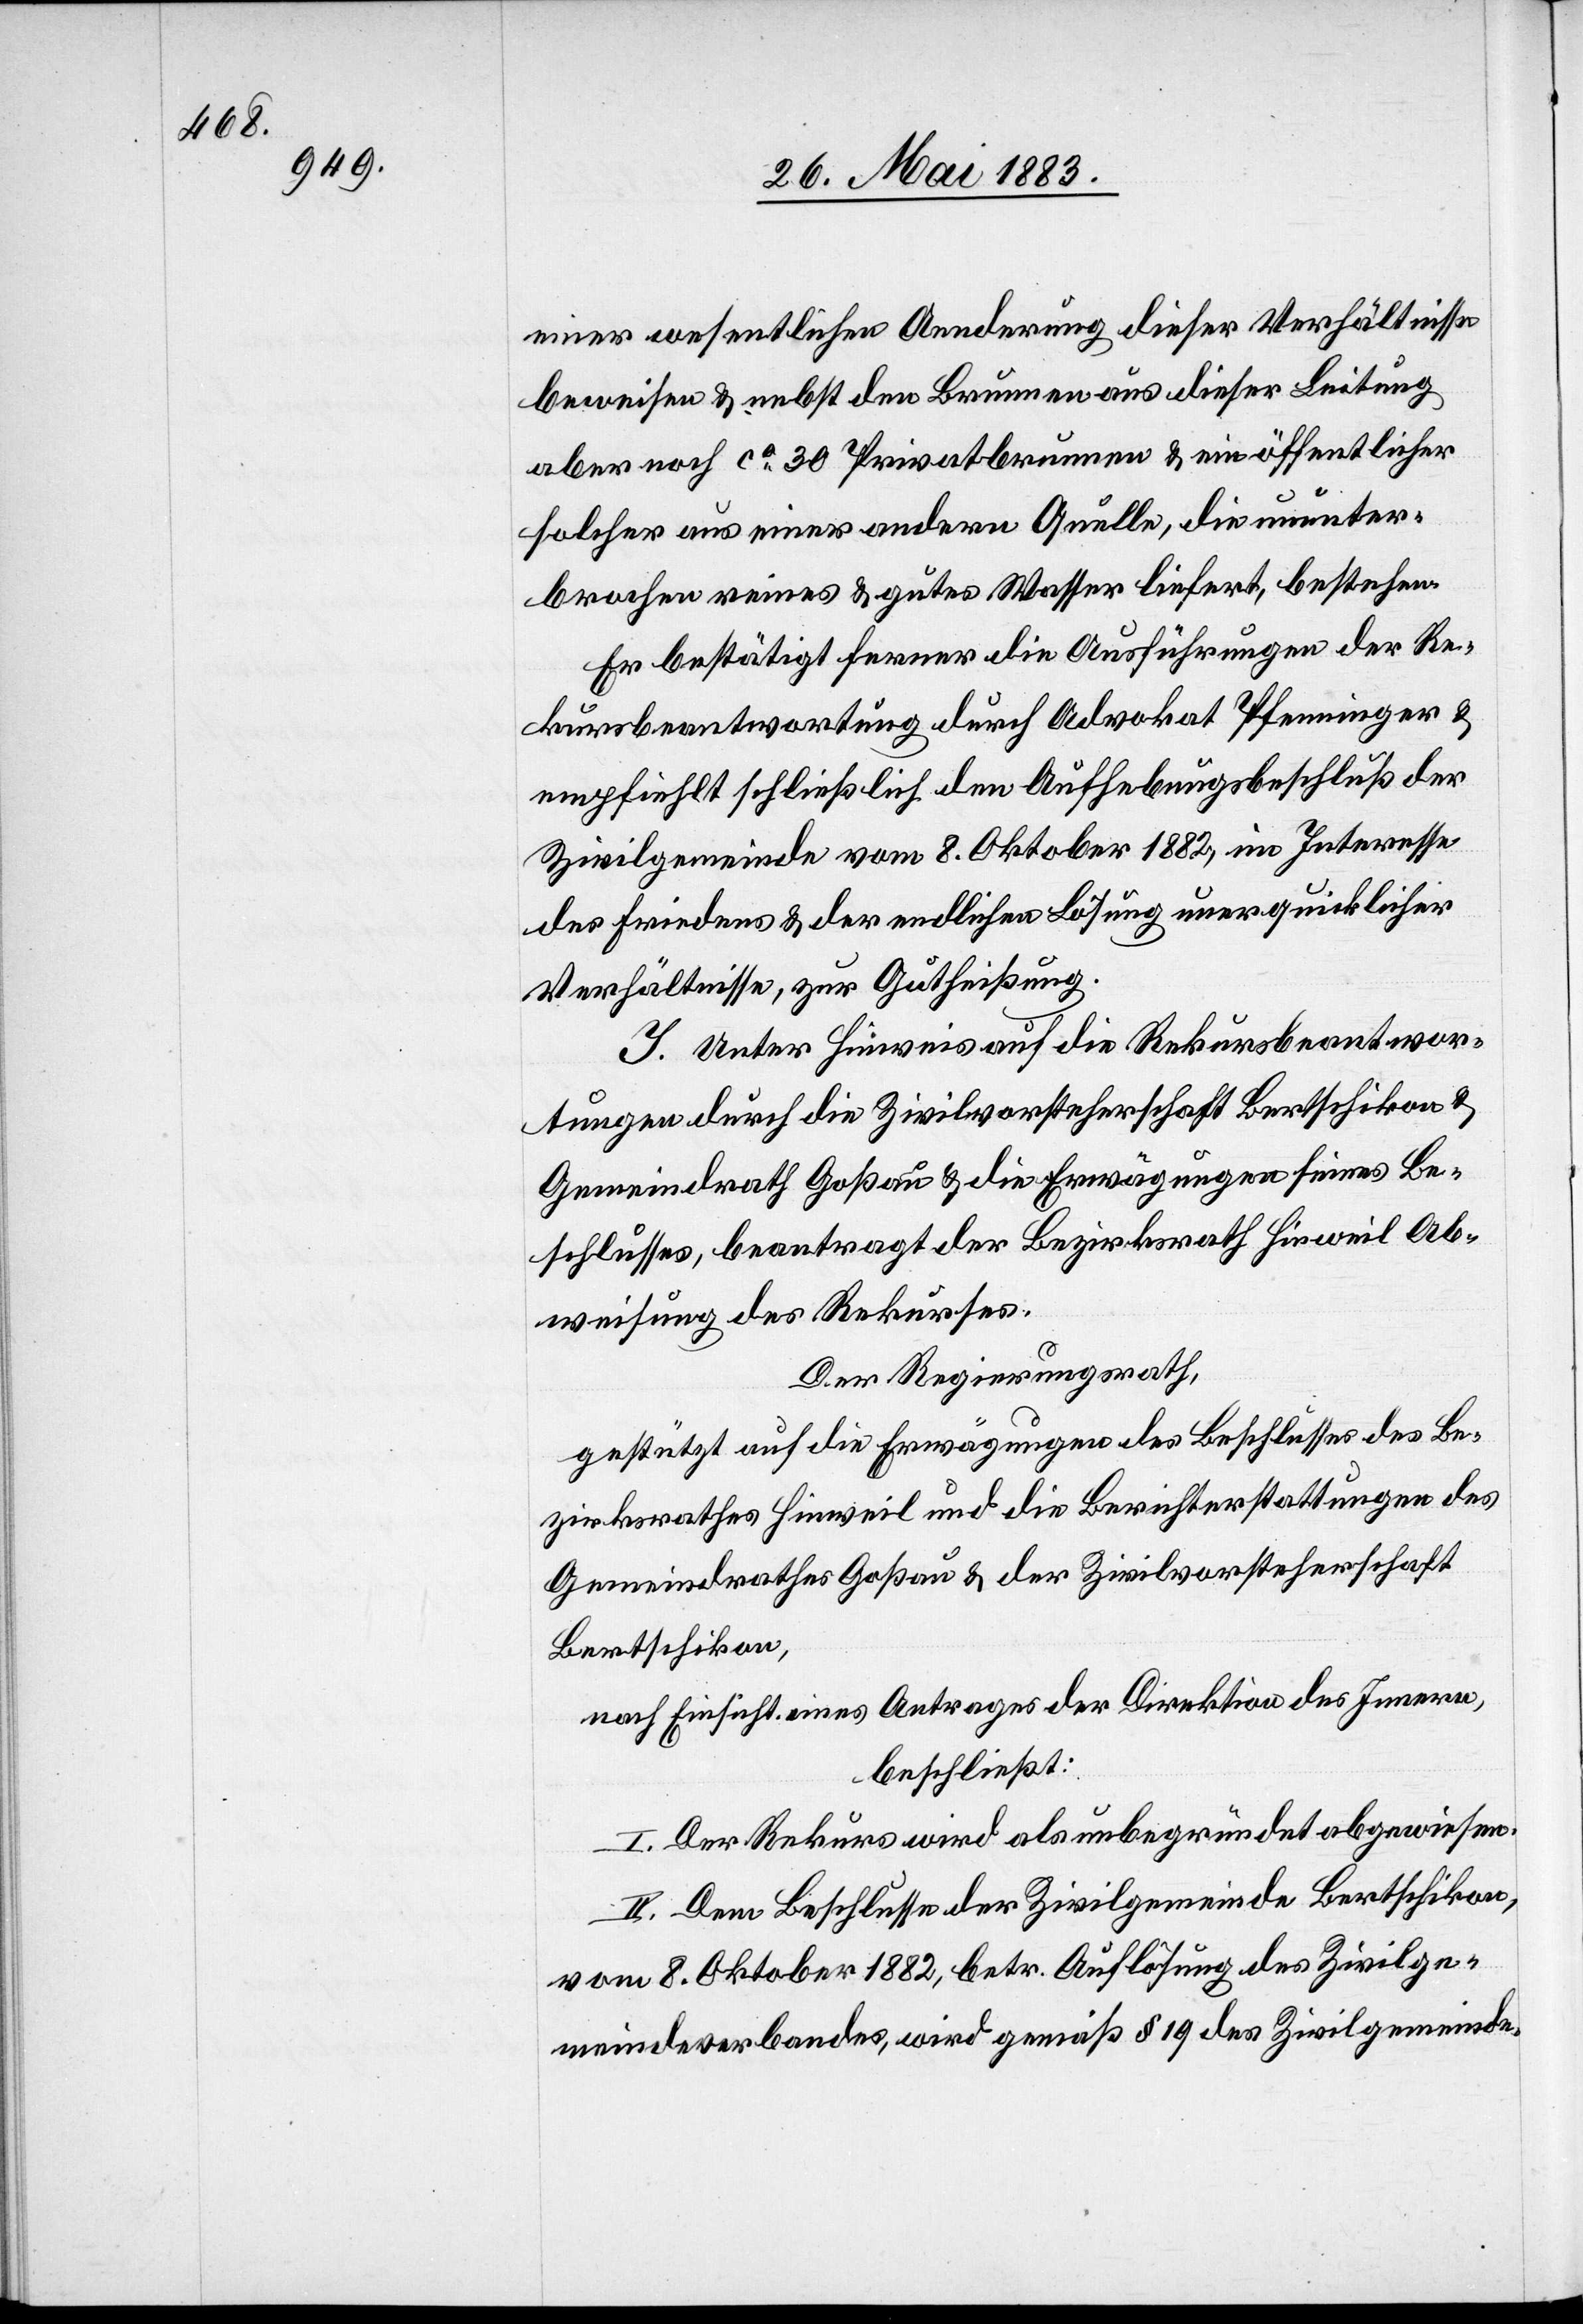
einer wesentlichen Aenderung dieser Verhältnisse
beweisen & nebst den Brunnen aus dieser Leitung
aber noch ca 30 Privatbrunnen & ein öffentlicher
solcher aus einer andern Quelle, die ununter¬
brochen reines & gutes Wasser liefert, bestehend.
Er bestätigt ferner die Ausführungen der Re¬
kursbeantwortung durch Advokat Pfenninger &
empfiehlt schließlich den Aufhebungsbeschluß der
Zivilgemeinde vom 8. Oktober 1882, im Interesse
des Friedens & der endlichen Lösung unerquicklicher
Verhältnisse, zur Gutheißung.
J. Unter Hinweis auf die Rekursbeantwor¬
tungen durch die Zivilvorsteherschaft Bertschikon &
Gemeindrath Goßau & die Erwägung seines Be¬
schlusses, beantragt der Bezirksrath Hinweil Ab¬
weisung des Rekurses.
Der Regierungsrath,
gestützt auf die Erwägungen des Beschlusses des Be¬
zirksrathes Hinweil und die Berichterstattungen des
Gemeindrathes Goßau & der Zivilvorsteherschaft
Bertschikon,
nach Einsicht eines Antrages der Direktion des Innern,
beschließt:
I. Der Rekurs wird als unbegründet abgewiesen.
II. Dem Beschlusse der Zivilgemeinde Bertschikon,
vom 8. Oktober 1882, betr. Auflösung des Zivilge¬
meindeverbandes, wird gemäß § 19 des Zivilgemeinde-